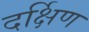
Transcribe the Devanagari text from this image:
दर्क्षिण